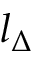
l _ { \Delta }